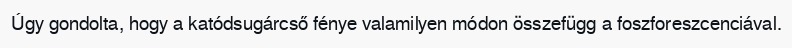
Úgy gondolta, hogy a katódsugárcső fénye valamilyen módon összefügg a foszforeszcenciával.